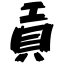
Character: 貢